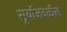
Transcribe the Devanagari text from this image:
सूर्याजवळील